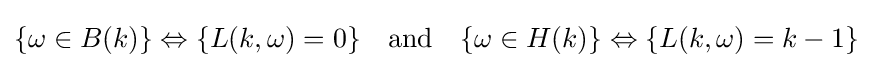
\{\omega \in B(k)\}\Leftrightarrow \{L(k,\omega )=0\}\quad {\text{and}}\quad \{\omega \in H(k)\}\Leftrightarrow \{L(k,\omega )=k-1\}